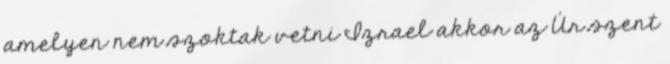
amelyen nem szoktak vetni Izrael akkor az Úr szent